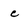
Character: c